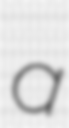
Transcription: a